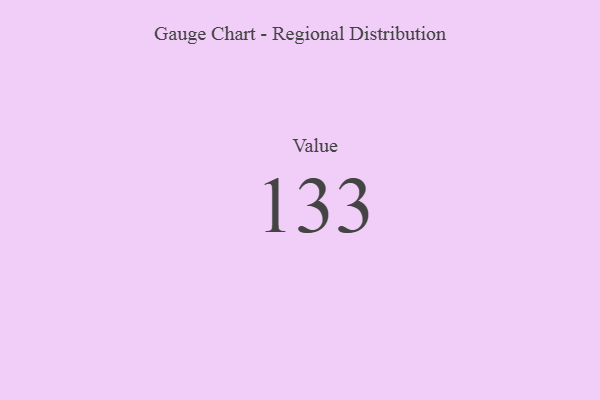
{"axis": {"x": "Metric", "y": "Value"}, "legend": [""], "data": [{"x": "Value", "y": 133, "type": ""}]}